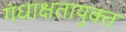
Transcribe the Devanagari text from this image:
गंधाक्षतायुक्त